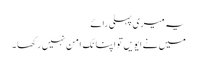
یہ میری پہلی رائے
میں نے ایویں تو اپنا نِک امن نہیں رکھا ۔